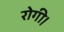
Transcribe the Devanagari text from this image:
रोगी।